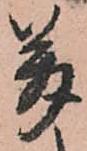
萬